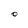
Character: O